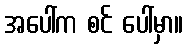
အပေါ်က စင် ပေါ်မှာ။